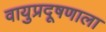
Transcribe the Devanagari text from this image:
वायुप्रदूषणाला